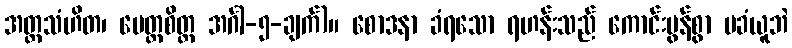
အတ္ထသံဟိတ၊ မေတ္တစိတ္တ အင်္ဂါ-၅-ချက်)။ စောဒနာ ခံရသော ရဟန်းသည် ကောင်းမွန်စွာ မခံယူဘဲ